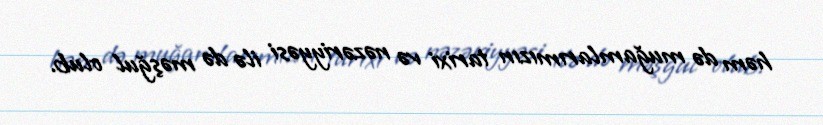
həm də muğamlarımızın tarixi və nəzəriyyəsi ilə də məşğul olub.